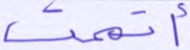
أتممت